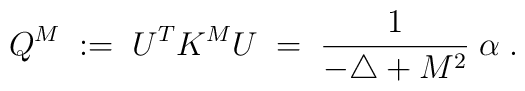
Q^M \; := \; U^T K^M U \; = \;\frac{1}{-\triangle + M^2} \; \alpha \; .